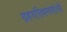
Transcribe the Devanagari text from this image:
ग्रहगतिभगणांशी